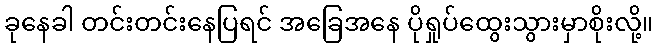
ခုနေခါ တင်းတင်းနေပြရင် အခြေအနေ ပိုရှုပ်ထွေးသွားမှာစိုးလို့။